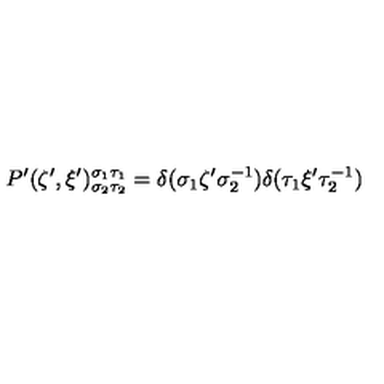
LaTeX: P ^ { \prime } ( \zeta ^ { \prime } , \xi ^ { \prime } ) _ { \sigma _ { 2 } \tau _ { 2 } } ^ { \sigma _ { 1 } \tau _ { 1 } } = \delta ( \sigma _ { 1 } \zeta ^ { \prime } \sigma _ { 2 } ^ { - 1 } ) \delta ( \tau _ { 1 } \xi ^ { \prime } \tau _ { 2 } ^ { - 1 } )